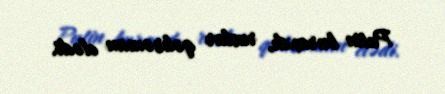
Putin buraxdı, ruslar qəhrəman elədi.